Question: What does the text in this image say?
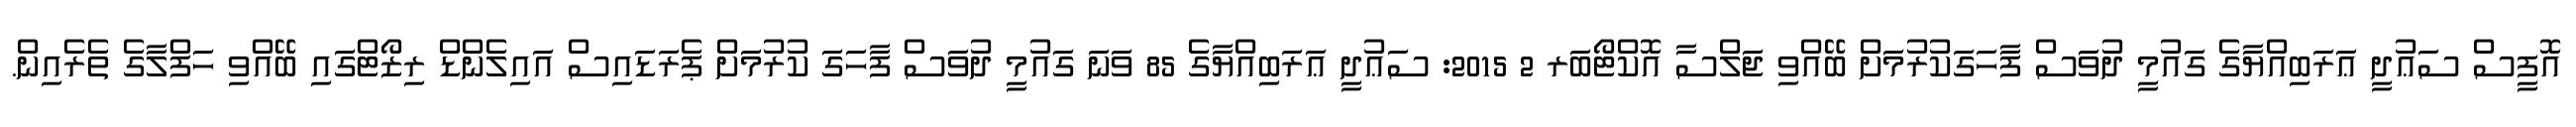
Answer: އޮފީސް ސަޢުދީ ޢަރަބިއްޔާގެ ގައުމީ ދުވަސް ފާހަގަކުރުމަށް ބޭއްވި ޖަލްސާ އޮކްޓޯބަރ 2 2015: ސަޢުދީ ޢަރަބިއްޔާގެ 85 ވަނަ ގައުމީ ދުވަސް ފާހަގަ ކުރުމަށް ޕެރަޑައިސް އައިލެންޑް ރިޒޯޓްގައި ބޭއްވި ހަފްލާގެ ތެރެއިން.